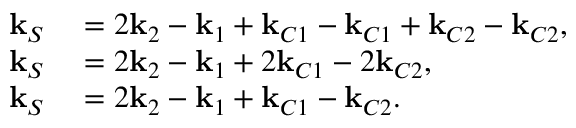
\begin{array} { r l } { \mathbf { k } _ { S } } & { { } = 2 \mathbf { k } _ { 2 } - \mathbf { k } _ { 1 } + \mathbf { k } _ { C 1 } - \mathbf { k } _ { C 1 } + \mathbf { k } _ { C 2 } - \mathbf { k } _ { C 2 } , } \\ { \mathbf { k } _ { S } } & { { } = 2 \mathbf { k } _ { 2 } - \mathbf { k } _ { 1 } + 2 \mathbf { k } _ { C 1 } - 2 \mathbf { k } _ { C 2 } , } \\ { \mathbf { k } _ { S } } & { { } = 2 \mathbf { k } _ { 2 } - \mathbf { k } _ { 1 } + \mathbf { k } _ { C 1 } - \mathbf { k } _ { C 2 } . } \end{array}